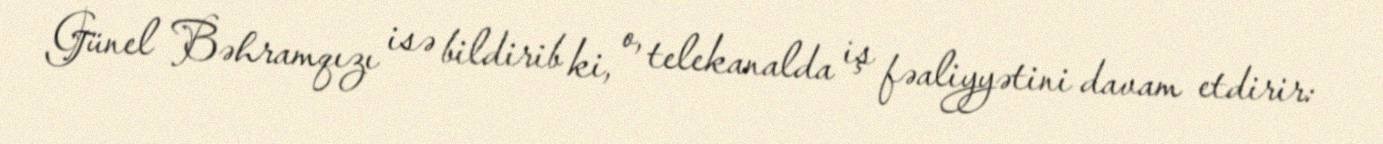
Günel Bəhramqızı isə bildirib ki, o, telekanalda iş fəaliyyətini davam etdirir: